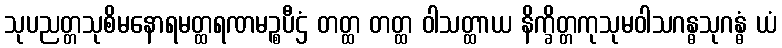
သုပညတ္တသုစိမနောရမတ္ထရဏမဉ္စပီဌံ တတ္ထ တတ္ထ ဝါသတ္ထာယ နိက္ခိတ္တကုသုမဝါသဂန္ဓသုဂန္ဓံ ယံ